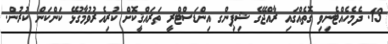
13. ދެމެހެއްޓެނިވި ގޮތެއްގައި ރާއްޖޭގެ ޝިޕިންގ އިންޑަސްޓްރީ ތަރައްޤީކޮށް ކުރިއެރުވުމާގުޅޭ ކަންކަން ކުރުން.